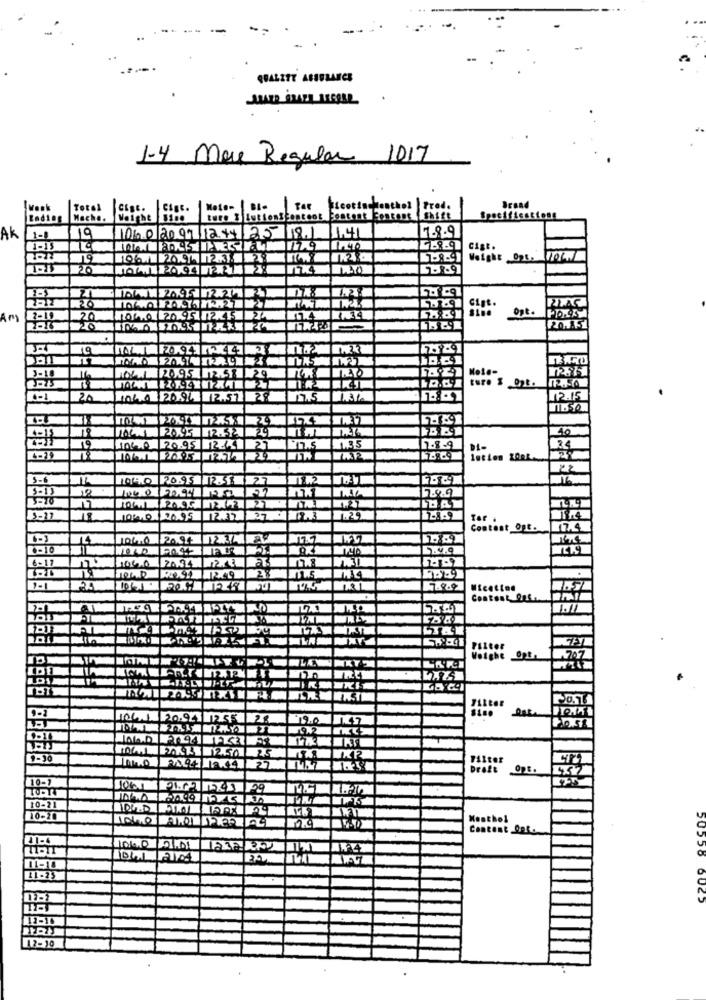
1-4 more Regular 1017
Total
Moto- BI Tor
Ecotischenthol | fred.
Brand
Mache.
Weight 8150
ture 3 LutionStanteot Content Content Shift
19
AK
1-8
106.0 2099 1244 25 18.1
1.41
7-8-9
19
1.40
Cigt.
19
106 26.94 12.3. 28
Weight Opt. WoC.
20
20
Gigs.
Opt.
Am
100,0 20 95 12.415 24
20.15
19
2010
20.95 2.51 29
20
10/10/2094 12.57 29
12.15
1 2095 2.5229
10
1060 20.95 2.4 27
1.35
7.8-9
22
104.0
20.95 2.5: 27
7.9.9
12
10140 26.95
112.32
27
Tor .
Contest Ont.
17.4
0-10
6-17
20.34
2%
.
12.49
7.8.9
Wicetion
Content Off.
Weighe Opt-
707
WAYS
106/1 20.941 12.55
WKT
10/ FXXX 2.50
KR
127
Brott
10-31
Menthol
Content Off.
106.0 2.01 1232 12
50556 6025
12-10